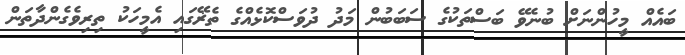
ބައެއް މީހުންނަށް ބުނެވޭ ބަސްތަކުގެ ސަބަބުން މަދު ދުވަސްކޮޅެއްގެ ތެޜޭގައި އެމީހަކު ތިރިވެގެންދާތަން